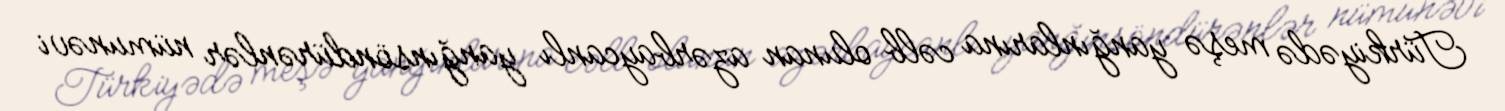
Türkiyədə meşə yanğınlarına cəlb olunan azərbaycanlı yanğınsöndürənlər nümunəvi